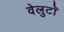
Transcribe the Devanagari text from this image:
वेलुटाॅ